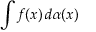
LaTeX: \int f ( x ) \, d \alpha ( x )